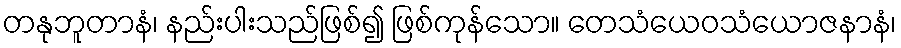
တနုဘူတာနံ၊ နည်းပါးသည်ဖြစ်၍ ဖြစ်ကုန်သော။ တေသံယေဝသံယောဇနာနံ၊